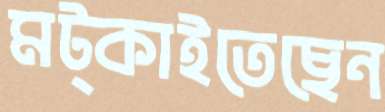
মট্‌কাইতেছেন